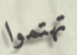
تهتموا